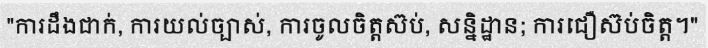
"ការដឹងជាក់, ការយល់ច្បាស់, ការចូលចិត្តស៊ប់, សន្និដ្ឋាន; ការជឿស៊ប់ចិត្ត។"